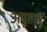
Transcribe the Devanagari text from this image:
अयुतायु